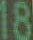
18